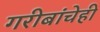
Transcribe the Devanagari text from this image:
गरीबांचेही